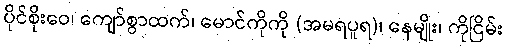
ပိုင်စိုးဝေ၊ ကျော်စွာထက်၊ မောင်ကိုကို (အမရပူရ)၊ နေမျိုး၊ ကိုငြိမ်း